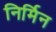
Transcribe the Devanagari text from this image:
निर्मिन